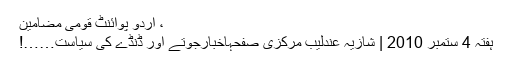
، اُردو پوائنٹ قومی مضامین
ہفتہ 4 ستمبر 2010 | شازیہ عندلیب مرکزی صفحہاخبارجوتے اور ڈنڈے کی سیاست……!